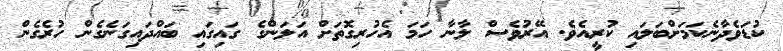
ކުޑަވެދާނެކަމަށްބަލައި ކުރީއެވެ. އޭރުވެސް ލާނާ ހަމަ އެހުރިގޮތަށް އަލަންގެ ގައިގައި ބައްދައިގަނެގެން ހުރެގެން